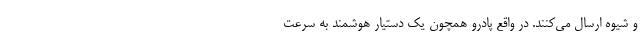
و شیوه ارسال می‌کنند. در واقع پادرو همچون یک دستیار هوشمند به سرعت